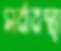
সর্বাবস্থা